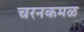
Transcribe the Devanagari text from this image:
चरनकमळ